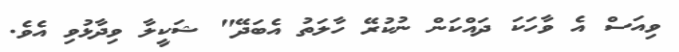
ވިއަސް އެ ވާހަކަ ދައްކަން ނުކުރޭ ހާލަތު އެބަދޭ" ޝަކީލާ ވިދާޅުވި އެވެ.